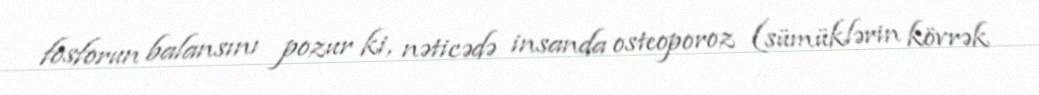
fosforun balansını pozur ki, nəticədə insanda osteoporoz (sümüklərin kövrək